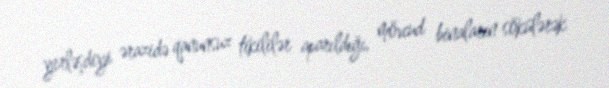
yerləşdiyi ərazidə qanunsuz tikililər aparıldığı, mövcud binaların sökülərək